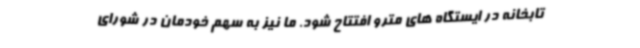
تابخانه در ایستگاه های مترو افتتاح شود. ما نیز به سهم خودمان در شورای